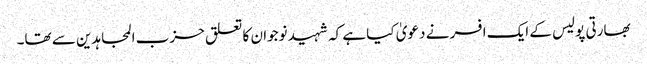
بھارتی پولیس کے ایک افسر نے دعویٰ کیا ہے کہ شہید نوجوان کا تعلق حزب المجاہدین سے تھا۔